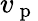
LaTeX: v_{\mathrm{~p~}}